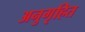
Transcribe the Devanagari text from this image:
अनुगृहित